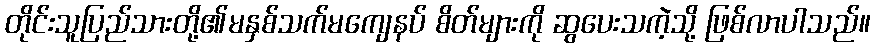
တိုင်းသူပြည်သားတို့၏မနှစ်သက်မကျေနပ် စိတ်များကို ဆွပေးသကဲ့သို့ ဖြစ်လာပါသည်။